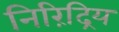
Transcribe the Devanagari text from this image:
निरिंद्रिय